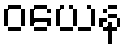
ဝယေန